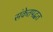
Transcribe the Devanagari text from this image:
संकेतपद्धत